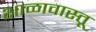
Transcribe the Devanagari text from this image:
शाळावास्तू